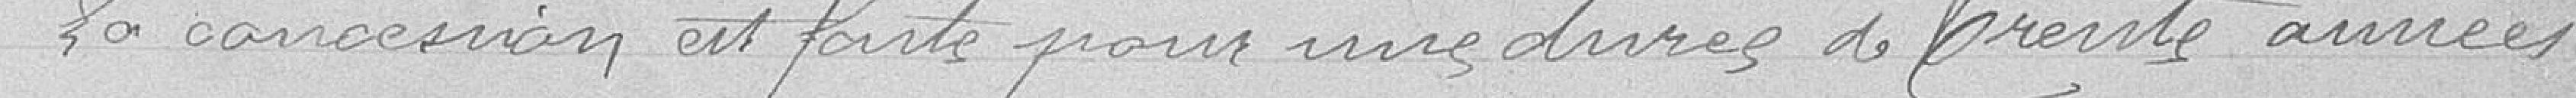
La concession est faite pour une durée de trente années